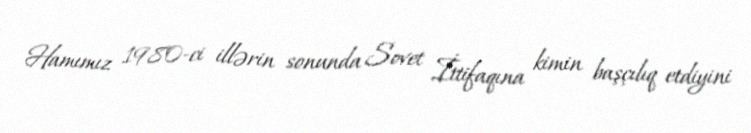
Hamımız 1980-ci illərin sonunda Sovet İttifaqına kimin başçılıq etdiyini